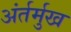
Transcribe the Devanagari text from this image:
अंर्तर्मुख